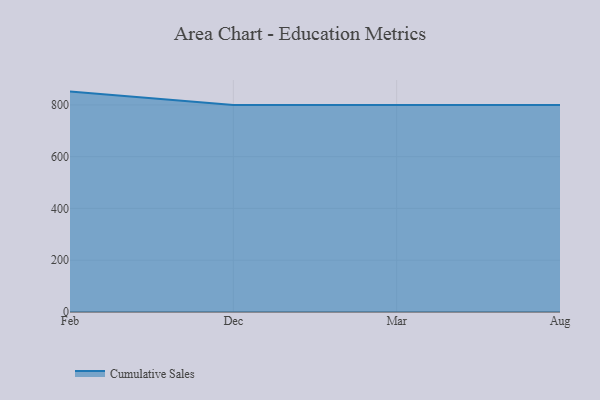
{"axis": {"x": "Month", "y": "Temperature (°C)"}, "legend": ["Cumulative Sales"], "data": [{"x": "Feb", "y": 851.4, "type": "Cumulative Sales"}, {"x": "Dec", "y": 800, "type": "Cumulative Sales"}, {"x": "Mar", "y": 800, "type": "Cumulative Sales"}, {"x": "Aug", "y": 800, "type": "Cumulative Sales"}]}